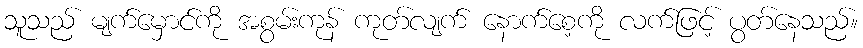
သူသည် မျက်မှောင်ကို အစွမ်းကုန် ကုတ်လျက် နောက်စေ့ကို လက်ဖြင့် ပွတ်နေသည်။